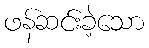
ဖန်ဆင်းခဲ့သော